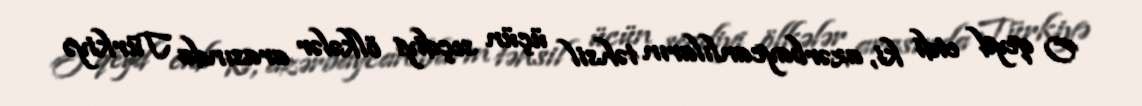
O qeyd etdi ki, azərbaycanlıların təhsil üçün seçdiyi ölkələr arasında Türkiyə